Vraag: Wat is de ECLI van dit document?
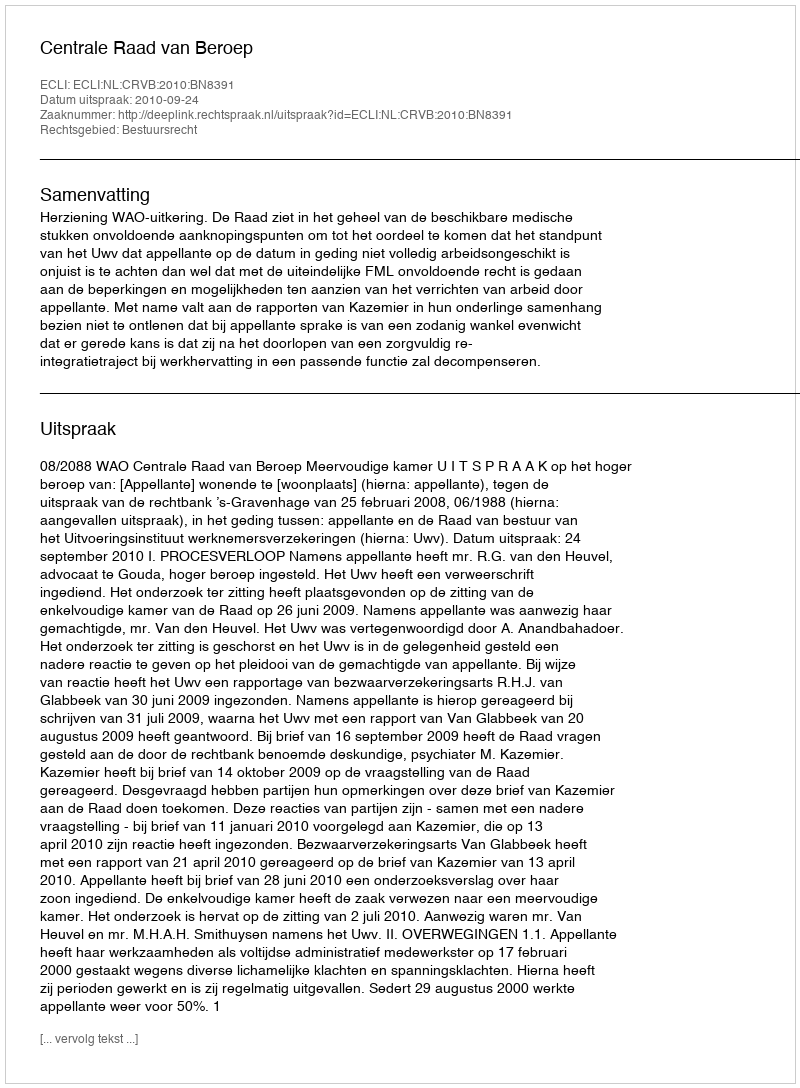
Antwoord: ECLI:NL:CRVB:2010:BN8391